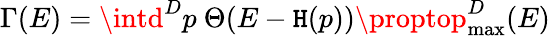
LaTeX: \Gamma(E)=\intd^{D}p\ \Theta(E-\mathtt{H}(p))\proptop_{\mathrm{{max}}}^{D}(E)